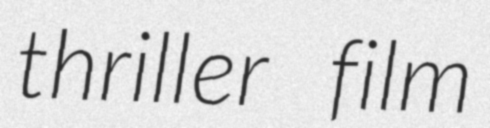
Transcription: thriller film